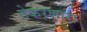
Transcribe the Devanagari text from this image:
तेकरणारा